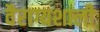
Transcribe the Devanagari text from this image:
वैराग्यशाली